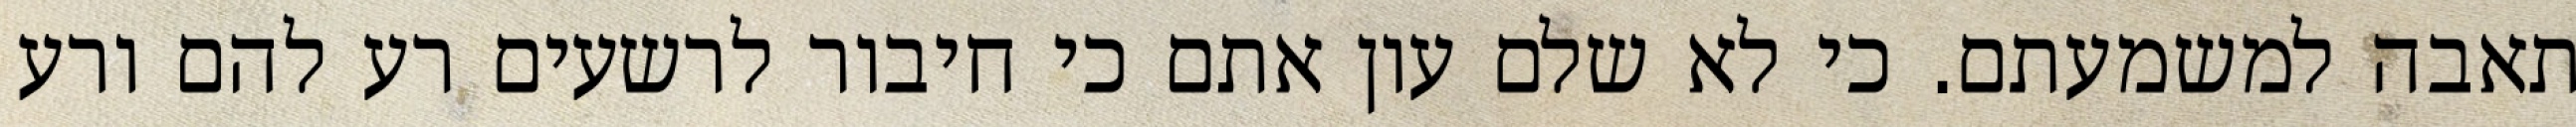
תאבה למשמעתם. כי לא שלם עון אתם כי חיבור לרשעים רע להם ורע